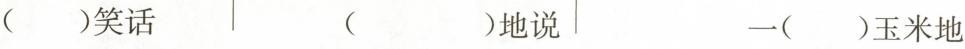
( )笑话 ( )地说 一( )玉米地